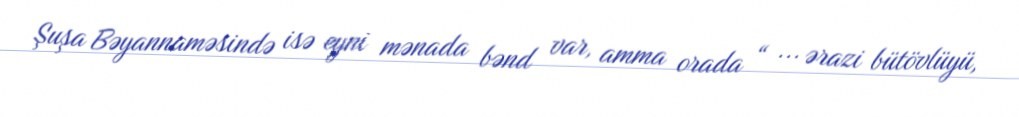
Şuşa Bəyannaməsində isə eyni mənada bənd var, amma orada “ ... ərazi bütövlüyü,